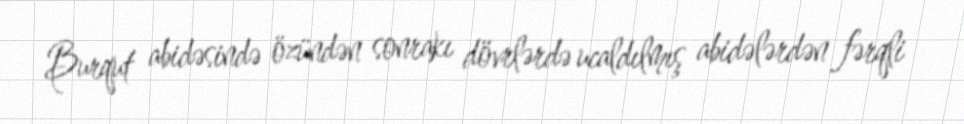
Burqut abidəsində özündən sonrakı dövrlərdə ucaldılmış abidələrdən fərqli